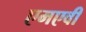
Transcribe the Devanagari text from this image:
एमएवी